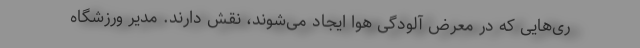
ری‌هایی که در معرض آلودگی هوا ایجاد می‌شوند، نقش دارند. مدیر ورزشگاه